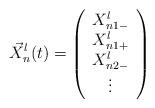
LaTeX: \begin{align*}{\vec{X}}_{n}^{l}(t)=\left(\begin{array}{c}X_{n1-}^{l} \\X_{n1+}^{l} \\X_{n2-}^{l} \\\vdots\end{array}\right) \end{align*}